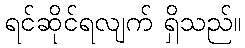
ရင်ဆိုင်ရလျက် ရှိသည်။